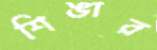
শিঙার